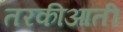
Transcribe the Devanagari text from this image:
तरकीआती